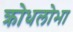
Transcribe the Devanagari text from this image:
क्रोधलोभा